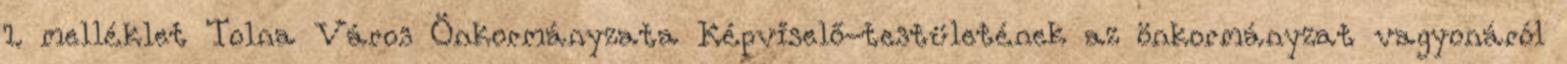
1. melléklet Tolna Város Önkormányzata Képviselő-testületének az önkormányzat vagyonáról